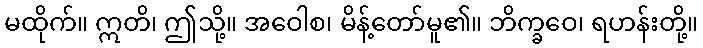
မထိုက်။ ဣတိ၊ ဤသို့။ အဝေါစ၊ မိန့်တော်မူ၏။ ဘိက္ခဝေ၊ ရဟန်းတို့။